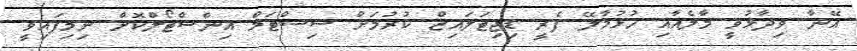
އޭނާ ވިދާޅުވީ މާލެއާއި ހުޅުމާލޭ ފެރީ ޑިޖިޓަލައިޒް ކުރުމަށް ސިސްޓަމް އިންސްޓޯލްކޮށް ނިމިފައިވީ